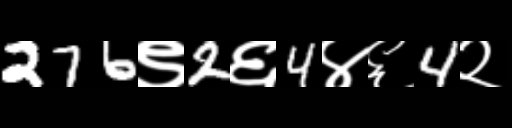
Text: 276९2६4४६4२